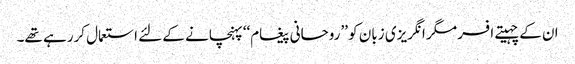
ان کے چہیتے افسر مگر انگریزی زبان کو ’’روحانی پیغام‘‘ پہنچانے کے لئے استعمال کررہے تھے۔